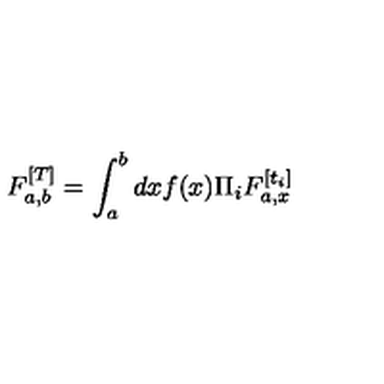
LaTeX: F _ { a , b } ^ { [ T ] } = \int _ { a } ^ { b } d x f ( x ) \Pi _ { i } F _ { a , x } ^ { [ t _ { i } ] }